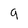
Character: 9